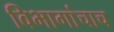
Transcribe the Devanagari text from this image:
विभागांचाच